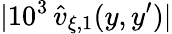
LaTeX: |10^{3}\, \widehat{v}_{\xi,1}(y,y^{\prime})|